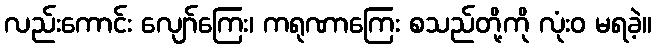
လည်းကောင်း လျော်ကြေး၊ ကရုဏာကြေး စသည်တို့ကို လုံးဝ မရခဲ့။